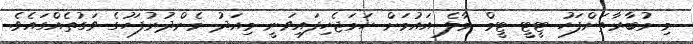
މި މުބާރާތަށްފަހު ޓީޓީ ޓީމް މާލެ އައުމަށް ހަމަޖެހިފައިވަނީ މިއަދު މެންދުރުފަހުގެ ވަގުތެއްގައެވެ.